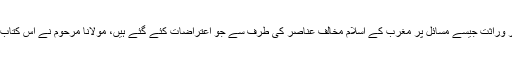
معاشرتی مسائل: نکاح، طلاق، تعدد ازواج اور وراثت جیسے مسائل پر مغرب کے اسلام مخالف عناصر کی طرف سے جو اعتراضات کئے گئے ہیں، مولانا مرحوم نے اس کتاب میں ان کے مدلل جوابات تحریر فرمائے ہیں۔